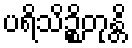
ပရိသိဉ္စိတုန္တိ